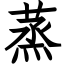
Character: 蒸